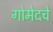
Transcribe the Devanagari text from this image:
गोमेदचे